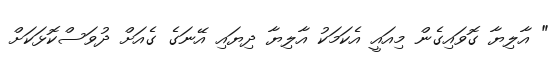
" އާލިޔާ ގޮވައިގެން މިއައީ އެކަމަކު އާލިޔާ ދިޔައި އޭނަގެ ގެއަށް ދުވަސްކޮޅަކަށް